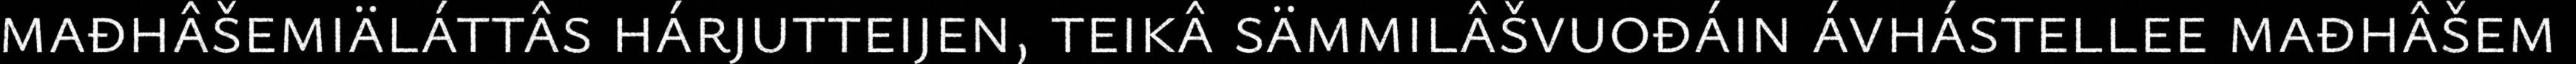
mađhâšemiäláttâs hárjutteijen, teikâ sämmilâšvuođáin ávhástellee mađhâšem